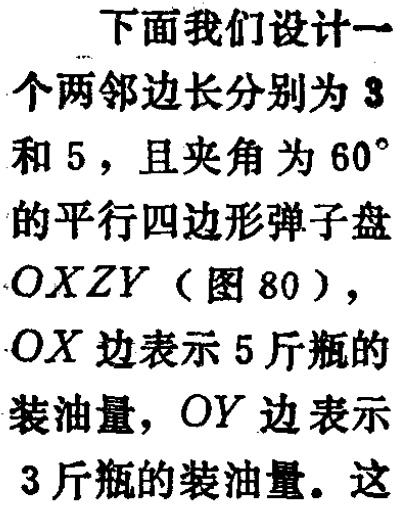
解题理论的研究对象我们界定为“解题活动”. 它要回答的基本问题是：怎样解题？怎样学会解题？